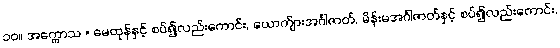
၁၀။ အက္ကောသ = မေထုန်နှင့် စပ်၍လည်းကောင်း, ယောက်ျားအင်္ဂါဇာတ်, မိန်းမအင်္ဂါဇာတ်နှင့် စပ်၍လည်းကောင်း,